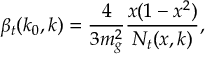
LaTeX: \beta _ { t } ( k _ { 0 } , k ) = { \frac { 4 } { 3 m _ { g } ^ { 2 } } } { \frac { x ( 1 - x ^ { 2 } ) } { N _ { t } ( x , k ) } } ,